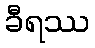
ခီရဿ